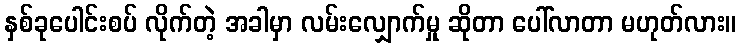
နှစ်ခုပေါင်းစပ် လိုက်တဲ့ အခါမှာ လမ်းလျှောက်မှု ဆိုတာ ပေါ်လာတာ မဟုတ်လား။